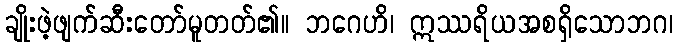
ချိုးဖဲ့ဖျက်ဆီးတော်မူတတ်၏။ ဘဂေဟိ၊ ဣဿရိယအစရှိသောဘဂ၊